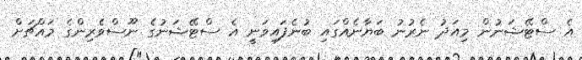
އެ ސްޓޭޝަނުން މިއަދު ނެރުނު ބަޔާނެއްގައި ބުނެފައިވަނީ އެ ސްޓޭޝަނުގެ ނޫސްވެރިންގެ މައްޗަށް